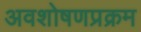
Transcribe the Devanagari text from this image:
अवशोषणप्रक्रम